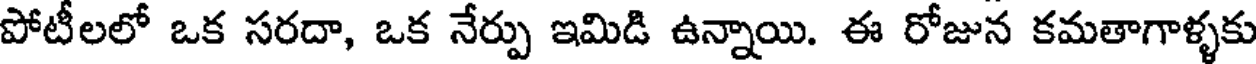
పోటీలలో ఒక సరదా, ఒక నేర్పు ఇమిడి ఉన్నాయి. ఈ రోజున కమతాగాళ్ళకు